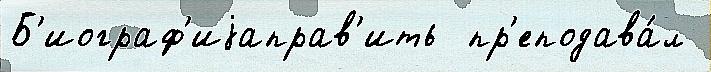
Б'иограф'иjаправ'ить  пр'еподава́л